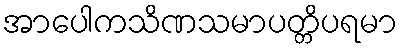
အာပေါကသိဏသမာပတ္တိပရမာ